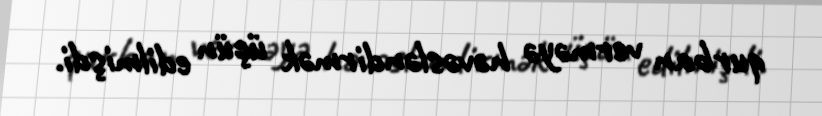
qurban verməyə həvəsləndirmək üçün edilmişdi.